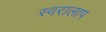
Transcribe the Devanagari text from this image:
स्वरालाप